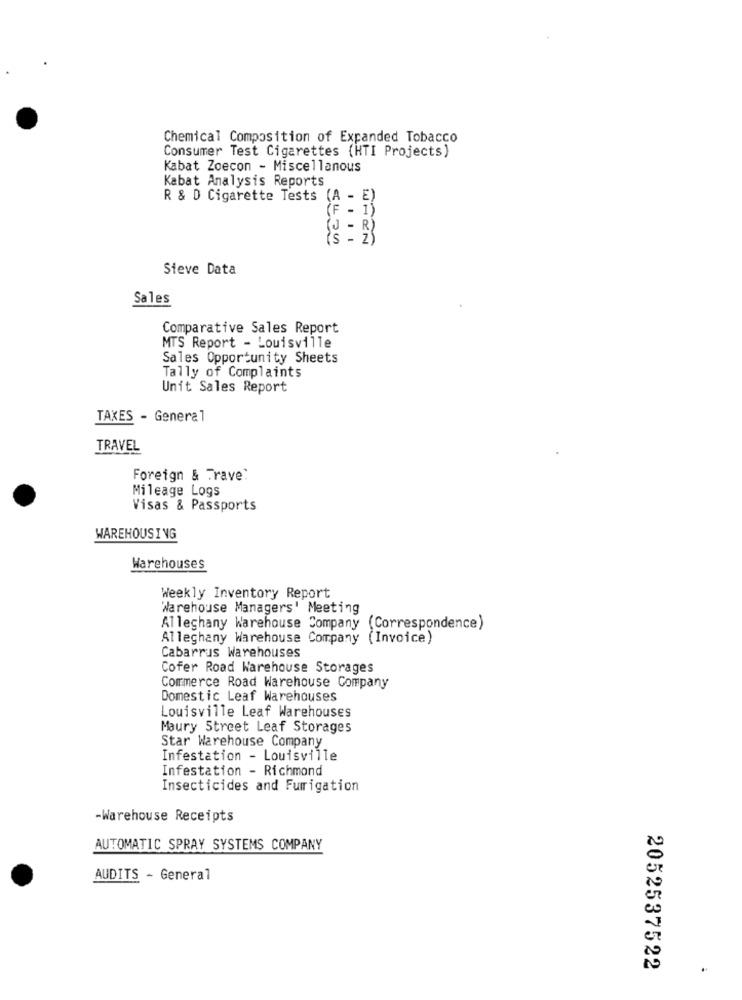
Chemical Composition of Expanded Tobacco
Consumer Test Cigarettes (HTI Projects)
Kabat Zoecon - Miscellanous
Kabat Analysis Reports
R & D Cigarette Tests (A -
E)
R)
sten
2)
Sieve Data
Sales
Comparative Sales Report
MTS Report - Louisville
Sales Opportunity Sheets
Tally of Complaints
Unit Sales Report
TAXES - General
TRAVEL
Foreign & Travel
Mileage Logs
Visas & Passports
WAREHOUSING
Warehouses
Weekly Inventory Report
Warehouse Managers' Meeting
Alleghany Warehouse Company (Correspondence)
Alleghany Warehouse Company (Invoice)
Cabarrus Warehouses
Cofer Road Warehouse Storages
Commerce Road Warehouse Company
Domestic Leaf Warehouses
Louisville Leaf Warehouses
Maury Street Leaf Storages
Star Warehouse Company
Infestation - Louisville
Infestation - Richmond
Insecticides and Fumigation
-Warehouse Receipts
AUTOMATIC SPRAY SYSTEMS COMPANY
AUDITS - General
2052537522
..